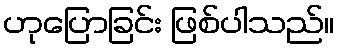
ဟုပြောခြင်း ဖြစ်ပါသည်။